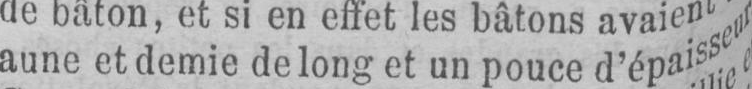
aune et demie de long et un pouce d’épaisseur